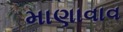
માણાવાવ